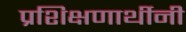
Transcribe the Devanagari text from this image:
प्रशिक्षणार्थीनी